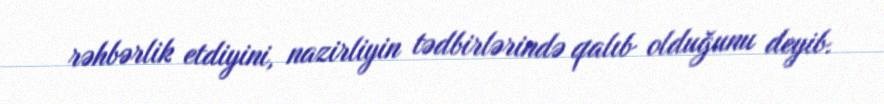
rəhbərlik etdiyini, nazirliyin tədbirlərində qalıb olduğunu deyib.